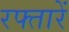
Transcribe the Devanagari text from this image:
रफ्तारें